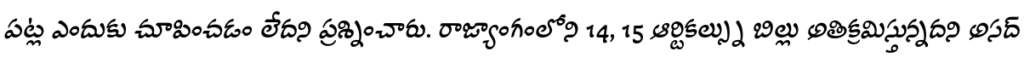
పట్ల ఎందుకు చూపించడం లేదని ప్రశ్నించారు. రాజ్యాంగంలోని 14, 15 ఆర్టికల్స్ను బిల్లు అతిక్రమిస్తున్నదని అసద్